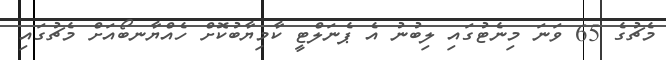
މެޗުގެ 65 ވަނަ މިނެޓުގައި ލިބުނު އެ ޕެނަލްޓީ ކާމިޔާބުކޮށް ހެއްޔާނބޯއަށް މެޗުގައި